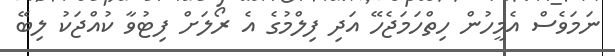
ނަމަވެސް އެމީހުން ހިތްހަމަޖެހޭ އަދި ފިލްމުގެ އެ ރޯލަށް ފިޓުވާ ކުއްޖަކު ލިބޭ